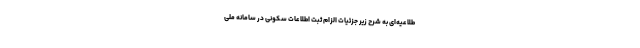
طلاعیه‌ای به شرح زیر جزئیات الزام ثبت اطلاعات سکونی در سامانه ملی